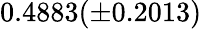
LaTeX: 0.4883(\pm 0.2013)